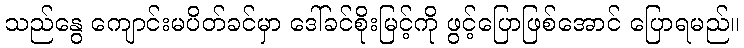
သည်နွေ ကျောင်းမပိတ်ခင်မှာ ဒေါ်ခင်စိုးမြင့်ကို ဖွင့်ပြောဖြစ်အောင် ပြောရမည်။